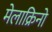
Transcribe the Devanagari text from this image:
मेलाक्रिनो